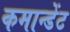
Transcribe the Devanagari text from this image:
कमान्डेंट